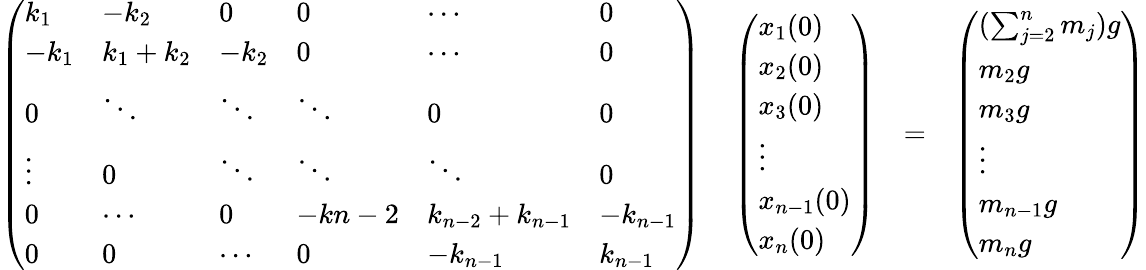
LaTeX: \begin{array}{rlr}{\left(\begin{array}{llllll}{k_{1}}&{-k_{2}}&{0}&{0}&{\cdots}&{0}\\ {-k_{1}}&{k_{1}+k_{2}}&{-k_{2}}&{0}&{\cdots}&{0}\\ {0}&{\ddots}&{\ddots}&{\ddots}&{0}&{0}\\ {\vdots}&{0}&{\ddots}&{\ddots}&{\ddots}&{0}\\ {0}&{\cdots}&{0}&{-k{n-2}}&{k_{n-2}+k_{n-1}}&{-k_{n-1}}\\ {0}&{0}&{\cdots}&{0}&{-k_{n-1}}&{k_{n-1}}\end{array}\right)\quad\left(\begin{array}{l}{x_{1}(0)}\\ {x_{2}(0)}\\ {x_{3}(0)}\\ {\vdots}\\ {x_{n-1}(0)}\\ {x_{n}(0)}\end{array}\right)}&{=}&{\left(\begin{array}{l}{(\sum_{j=2}^{n}m_{j})g}\\ {m_{2}g}\\ {m_{3}g}\\ {\vdots}\\ {m_{n-1}g}\\ {m_{n}g}\end{array}\right)}\end{array}